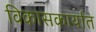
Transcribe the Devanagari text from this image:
विकासकार्यात